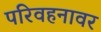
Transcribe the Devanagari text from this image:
परिवहनावर